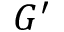
G ^ { \prime }